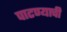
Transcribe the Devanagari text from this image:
पाटण्याची